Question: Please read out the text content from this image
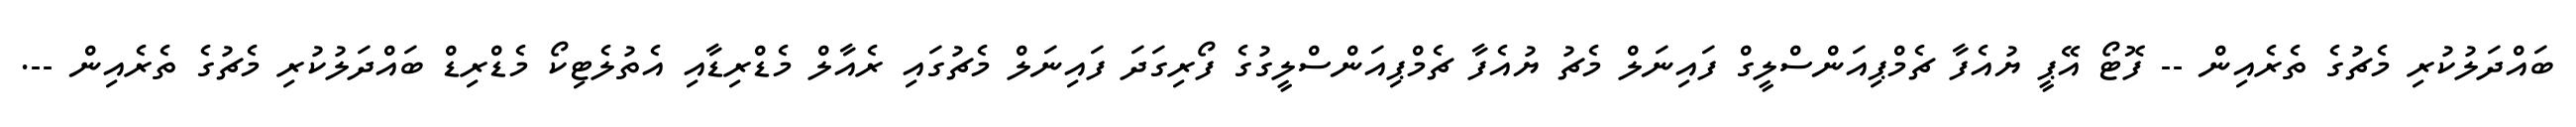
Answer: ބައްދަލުކުރި މެޗުގެ ތެރެއިން -- ފޮޓޯ އޭޕީ ޔުއެފާ ޗެމްޕިއަންސްލީގް ފައިނަލް މެޗު ޔުއެފާ ޗެމްޕިއަންސްލީގުގެ ފޯރިގަދަ ފައިނަލް މެޗުގައި ރެއާލް މެޑްރިޑާއި އެތުލެޓިކޯ މެޑްރިޑް ބައްދަލުކުރި މެޗުގެ ތެރެއިން --.